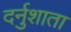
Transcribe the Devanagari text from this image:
दर्नुशाता